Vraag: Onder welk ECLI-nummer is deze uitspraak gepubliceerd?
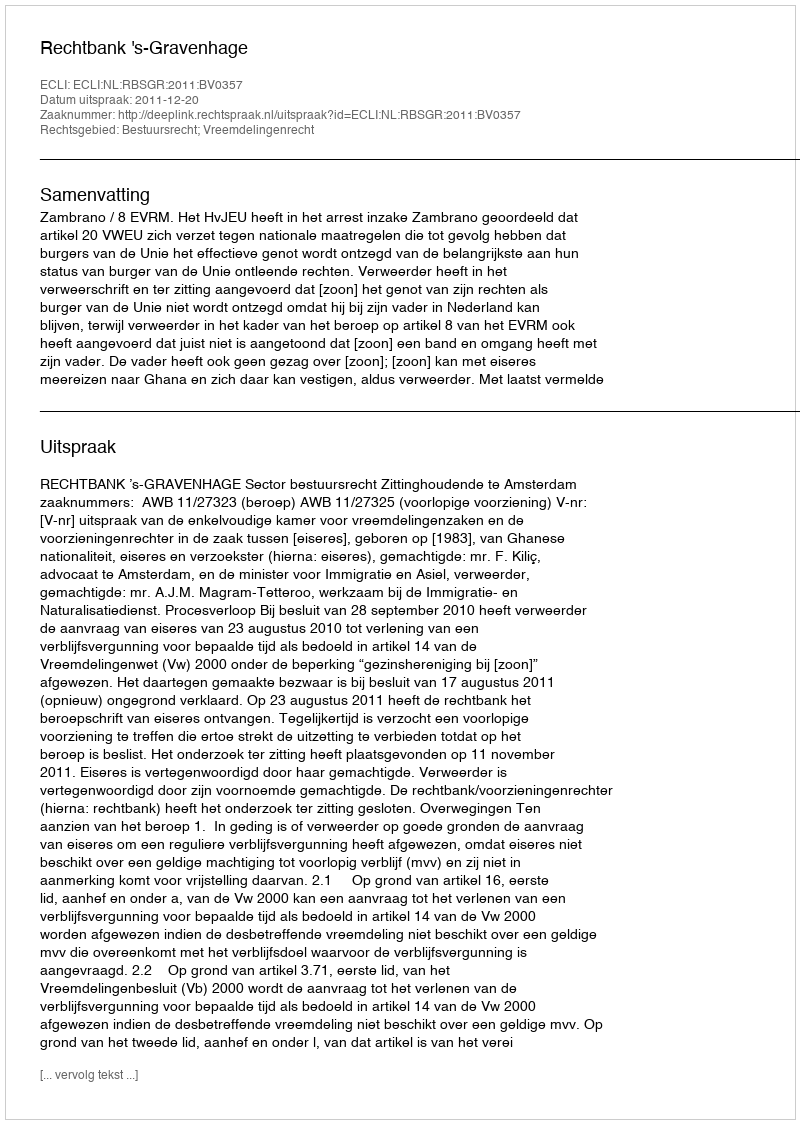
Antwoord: ECLI:NL:RBSGR:2011:BV0357